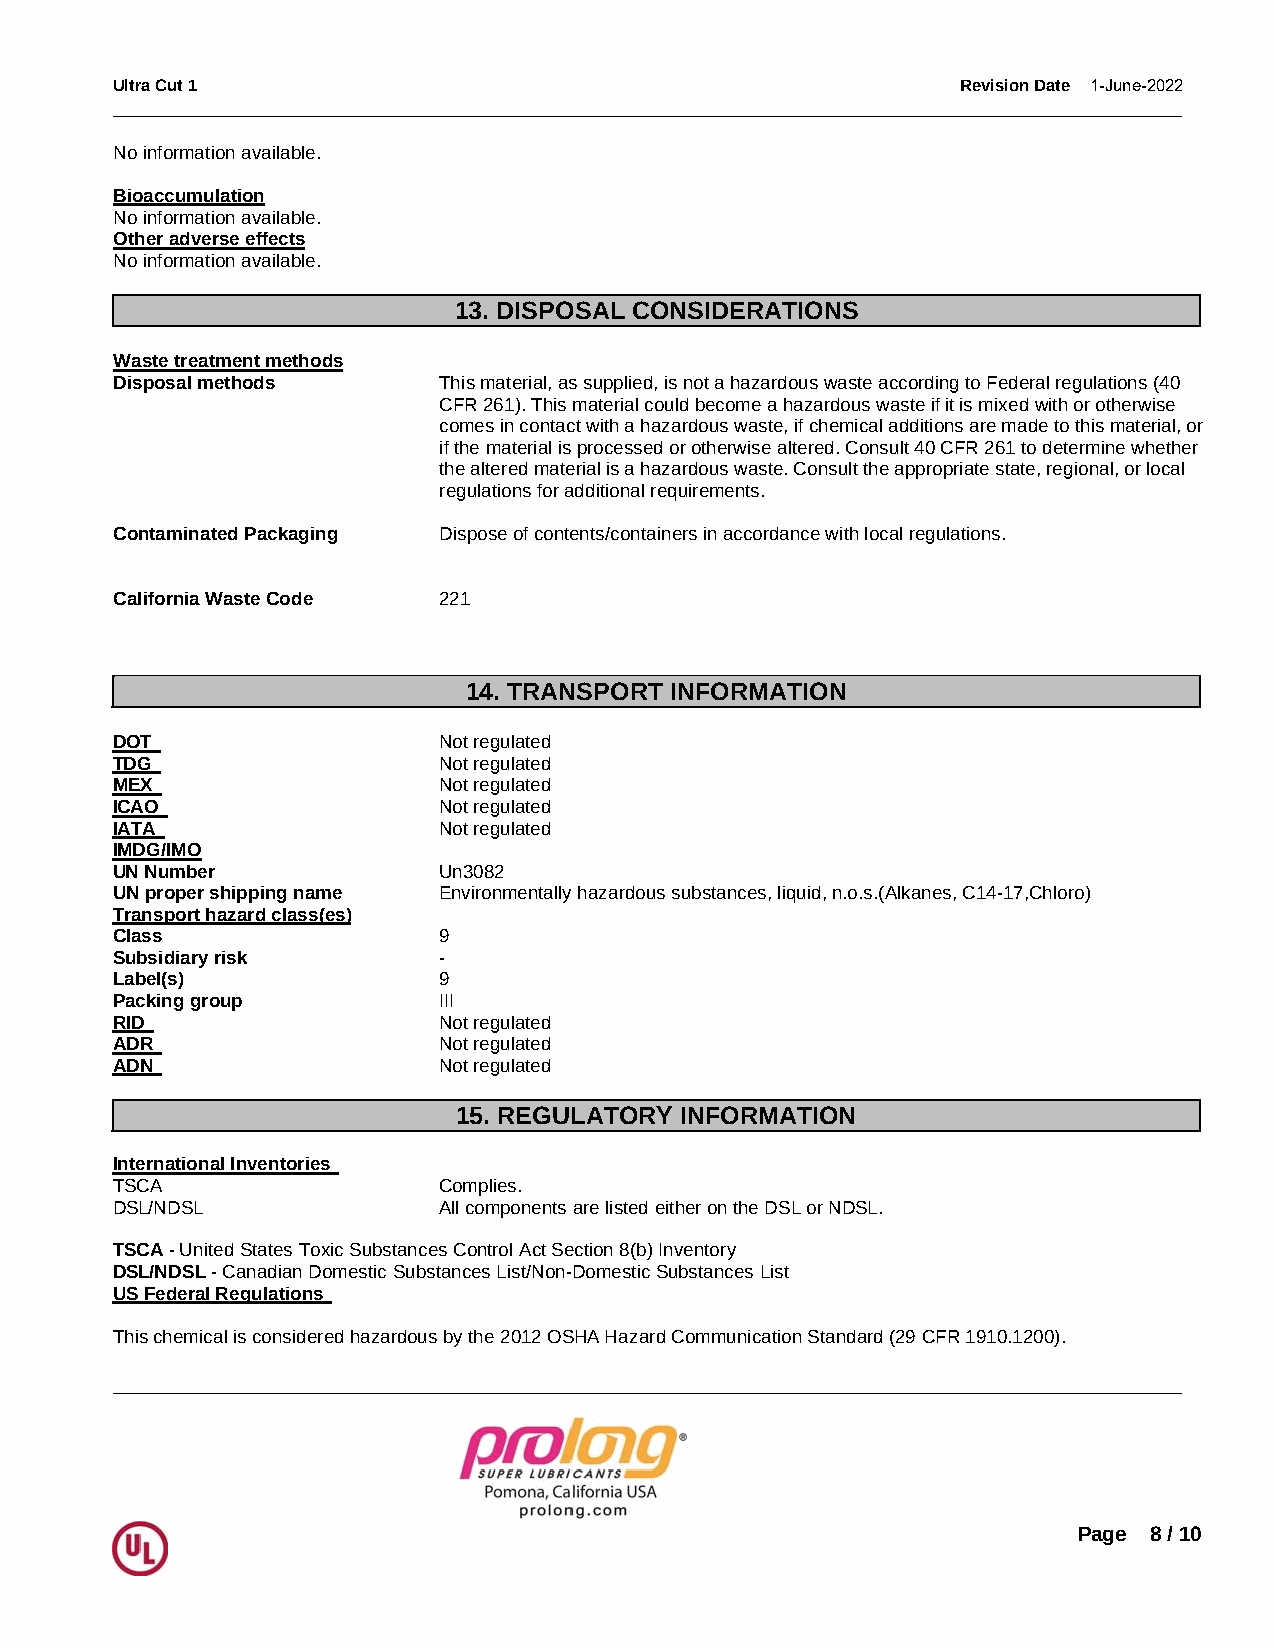
Ultra Cut 1                                              Revision Date 1-June-2022
 _____________________________________________________________________________________________
 No information available.
 Bioaccumulation
 No information available.
 Other adverse effects
 No information available.
 13. DISPOSAL CONSIDERATIONS
 Waste treatment methods
 Disposal methods     This material, as supplied, is not a hazardous waste according to Federal regulations (40
 CFR 261). This material could become a hazardous waste if it is mixed with or otherwise
 comes in contact with a hazardous waste, if chemical additions are made to this material, or
 if the material is processed or otherwise altered. Consult 40 CFR 261 to determine whether
 the altered material is a hazardous waste. Consult the appropriate state, regional, or local
 regulations for additional requirements.
 Contaminated Packaging Dispose of contents/containers in accordance with local regulations.
 California Waste Code 221
 14. TRANSPORT INFORMATION
 DOT                   Not regulated
 TDG                   Not regulated
 MEX                   Not regulated
 ICAO                  Not regulated
 IATA                  Not regulated
 IMDG/IMO
 UN Number             Un3082
 UN proper shipping name Environmentally hazardous substances, liquid, n.o.s.(Alkanes, C14-17,Chloro)
 Transport hazard class(es)
 Class                 9
 Subsidiary risk       -
 Label(s)              9
 Packing group         III
 RID                   Not regulated
 ADR                   Not regulated
 ADN                   Not regulated
 15. REGULATORY INFORMATION
 International Inventories
 TSCA                  Complies.
 DSL/NDSL              All components are listed either on the DSL or NDSL.
 TSCA - United States Toxic Substances Control Act Section 8(b) Inventory
 DSL/NDSL - Canadian Domestic Substances List/Non-Domestic Substances List
 US Federal Regulations
 This chemical is considered hazardous by the 2012 OSHA Hazard Communication Standard (29 CFR 1910.1200).
 _____________________________________________________________________________________________
 Page 8 / 10